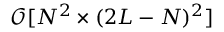
\mathcal { O } [ N ^ { 2 } \times ( 2 L - N ) ^ { 2 } ]